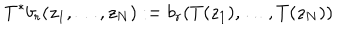
LaTeX: T ^ { * } b _ { r } ( z _ { 1 } , \ldots , z _ { N } ) : = b _ { r } ( T ( z _ { 1 } ) , \ldots , T ( z _ { N } ) )